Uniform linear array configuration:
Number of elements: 32
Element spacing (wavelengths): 0.5
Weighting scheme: binomial
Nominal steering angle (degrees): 45
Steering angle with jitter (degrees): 46.288
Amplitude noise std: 0.05
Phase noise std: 0.05

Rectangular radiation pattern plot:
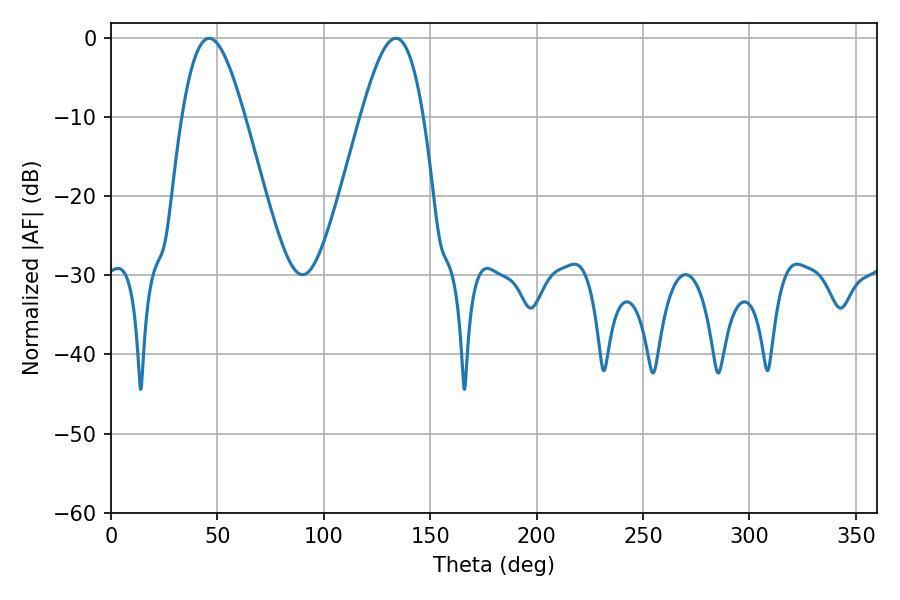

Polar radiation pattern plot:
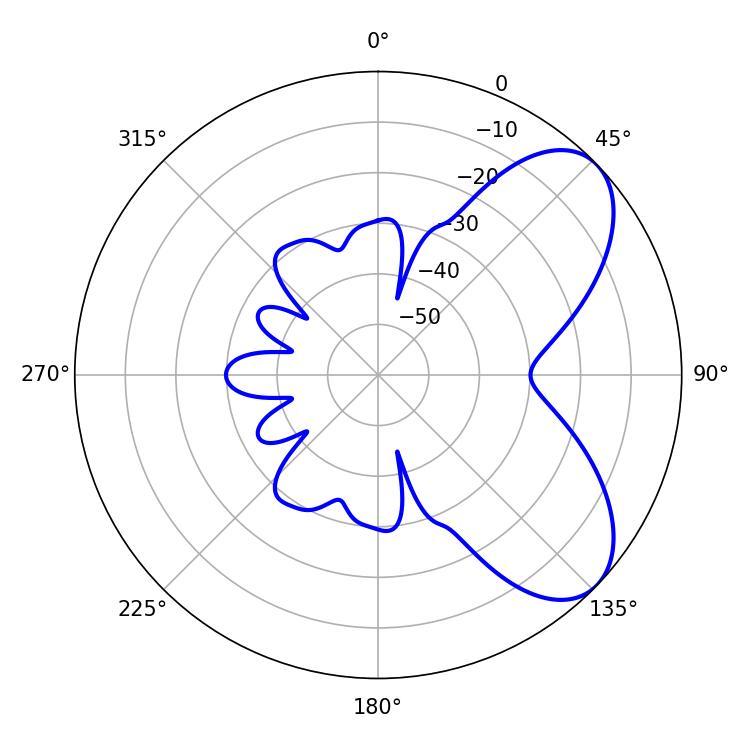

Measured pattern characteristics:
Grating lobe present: FALSE
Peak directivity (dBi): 6.572
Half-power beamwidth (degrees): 15.66
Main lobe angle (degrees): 46.08